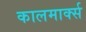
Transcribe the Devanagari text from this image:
कालमार्क्स